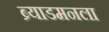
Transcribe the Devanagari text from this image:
ब्र्याडमनला